Annual report on the mental hospital in the Central Provinces and Berar (Nagpur) - 1927-1951
Year: 1927
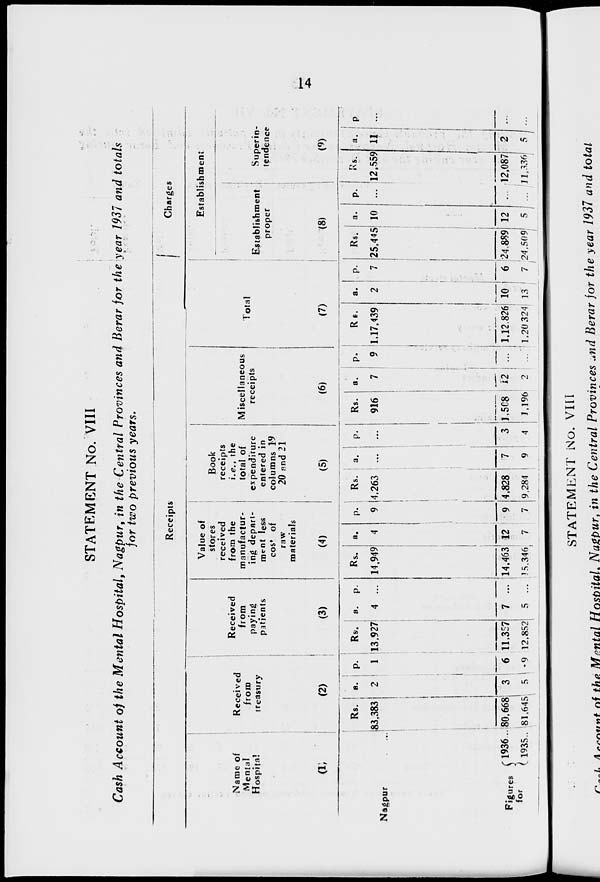
14
STATEMENT No. VIII
Cash Account of the Mental Hospital, Nagpur, in the Central Provinces and Berar for the year 1937 and totals
for two previous years.
Receipts
Name of
Mental
Hospital
(1)
Nagpur ...
Figures
for
1936 ...
1935 ...
Received
from
treasury
(2)
Rs.
83,383
80,668
81,645
a.
2
3
5
p.
1
6
9
Received
from
paying
patients
(3)
Rs.
13,927
11,357
12,852
a.
4
7
5
p.
...
...
...
Value of
stores
received
from the
manufactur-
ing depart-
ment less
cost of
raw
materials
(4)
Rs.
14,949
14,463
15,346
a.
4
12
7
p.
9
9
7
Book
receipts
i.e., the
total of
expenditure
entered in
columns 19
20 and 21
(5)
Rs.
4,263
4,828
9,284
a.
...
7
9
p.
...
3
4
Miscellaneous
receipts
(6)
Rs.
916
1,508
1,196
a.
7
12
2
p.
9
...
...
Total
(7)
Rs.
1,17,439
1,12,826
1,20,324
a.
2
10
13
p.
7
6
7
Charges
Establishment
Establishment
proper
(8)
Rs.
25,445
24,889
24,509
a.
10
12
5
p.
...
...
...
Superin-
tendence
(9)
Rs.
12,559
12,087
11,336
a.
11
2
5
p.
...
...
...